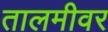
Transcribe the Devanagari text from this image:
तालमीवर